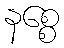
နစ္စေ